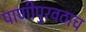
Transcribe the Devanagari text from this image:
पाणीपुरवठाच